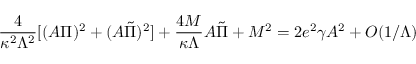
\frac { 4 } { \kappa ^ { 2 } \Lambda ^ { 2 } } [ ( A \Pi ) ^ { 2 } + ( A \tilde { \Pi } ) ^ { 2 } ] + \frac { 4 M } { \kappa \Lambda } A \tilde { \Pi } + M ^ { 2 } = 2 e ^ { 2 } \gamma A ^ { 2 } + O ( 1 / \Lambda )